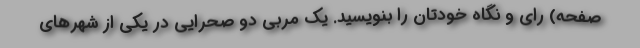
صفحه) رای و نگاه خودتان را بنویسید. يک مربی دو صحرایی در يکی از شهرهای